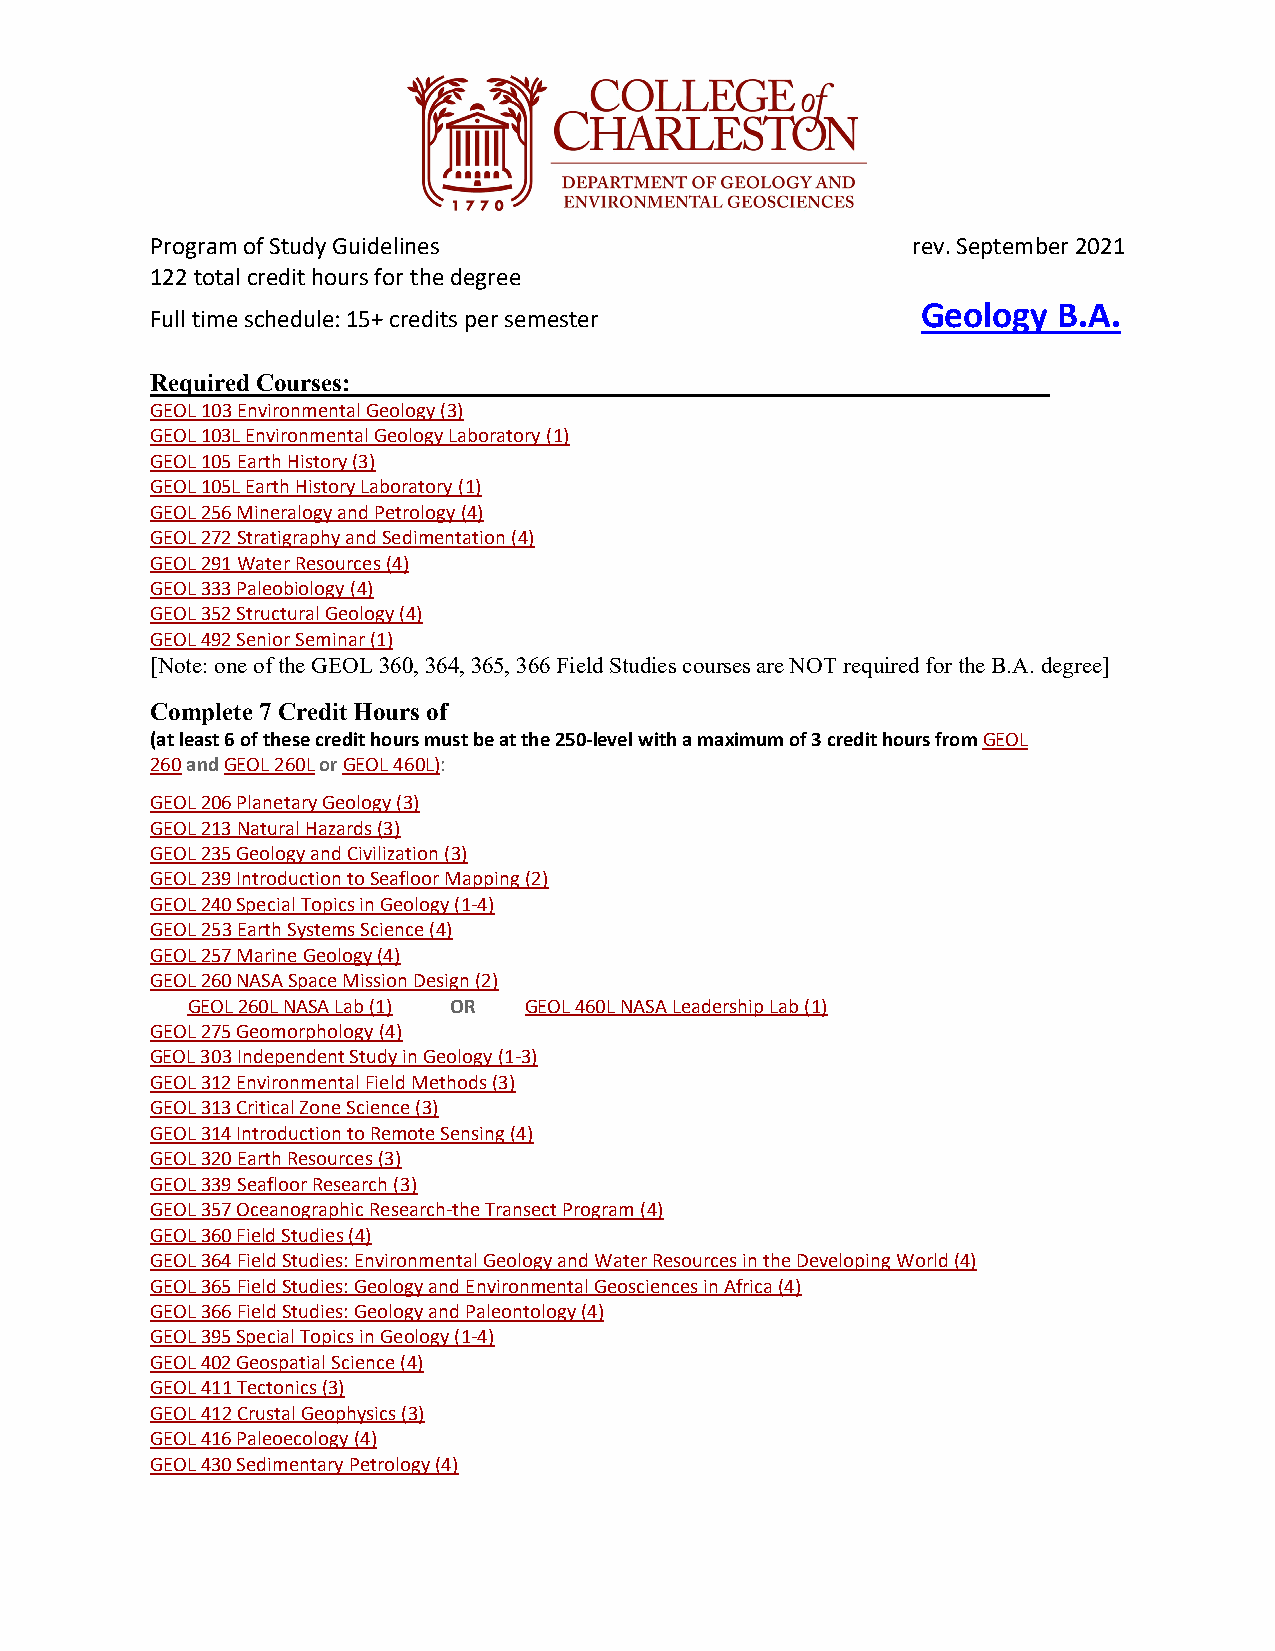
Program of Study Guidelines                       rev. September 2021
 122 total credit hours for the degree
 Geology  B.A.
 Full time schedule: 15+ credits per semester
 Required Courses:
 GEOL 103 Environmental Geology (3)
 GEOL 103L Environmental Geology Laboratory (1)
 GEOL 105 Earth History (3)
 GEOL 105L Earth History Laboratory (1)
 GEOL 256 Mineralogy and Petrology (4)
 GEOL 272 Stratigraphy and Sedimentation (4)
 GEOL 291 Water Resources (4)
 GEOL 333 Paleobiology (4)
 GEOL 352 Structural Geology (4)
 GEOL 492 Senior Seminar (1)
 [Note: one of the GEOL 360, 364, 365, 366 Field Studies courses are NOT required for the B.A. degree]
 Complete 7 Credit Hours of
 (at least 6 of these credit hours must be at the 250-level with a maximum of 3 credit hours from GEOL
 260 and GEOL 260L or GEOL 460L):
 GEOL 206 Planetary Geology (3)
 GEOL 213 Natural Hazards (3)
 GEOL 235 Geology and Civilization (3)
 GEOL 239 Introduction to Seafloor Mapping (2)
 GEOL 240 Special Topics in Geology (1-4)
 GEOL 253 Earth Systems Science (4)
 GEOL 257 Marine Geology (4)
 GEOL 260 NASA Space Mission Design (2)
 GEOL 260L NASA Lab (1) OR GEOL 460L NASA Leadership Lab (1)
 GEOL 275 Geomorphology (4)
 GEOL 303 Independent Study in Geology (1-3)
 GEOL 312 Environmental Field Methods (3)
 GEOL 313 Critical Zone Science (3)
 GEOL 314 Introduction to Remote Sensing (4)
 GEOL 320 Earth Resources (3)
 GEOL 339 Seafloor Research (3)
 GEOL 357 Oceanographic Research-the Transect Program (4)
 GEOL 360 Field Studies (4)
 GEOL 364 Field Studies: Environmental Geology and Water Resources in the Developing World (4)
 GEOL 365 Field Studies: Geology and Environmental Geosciences in Africa (4)
 GEOL 366 Field Studies: Geology and Paleontology (4)
 GEOL 395 Special Topics in Geology (1-4)
 GEOL 402 Geospatial Science (4)
 GEOL 411 Tectonics (3)
 GEOL 412 Crustal Geophysics (3)
 GEOL 416 Paleoecology (4)
 GEOL 430 Sedimentary Petrology (4)